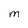
Character: M